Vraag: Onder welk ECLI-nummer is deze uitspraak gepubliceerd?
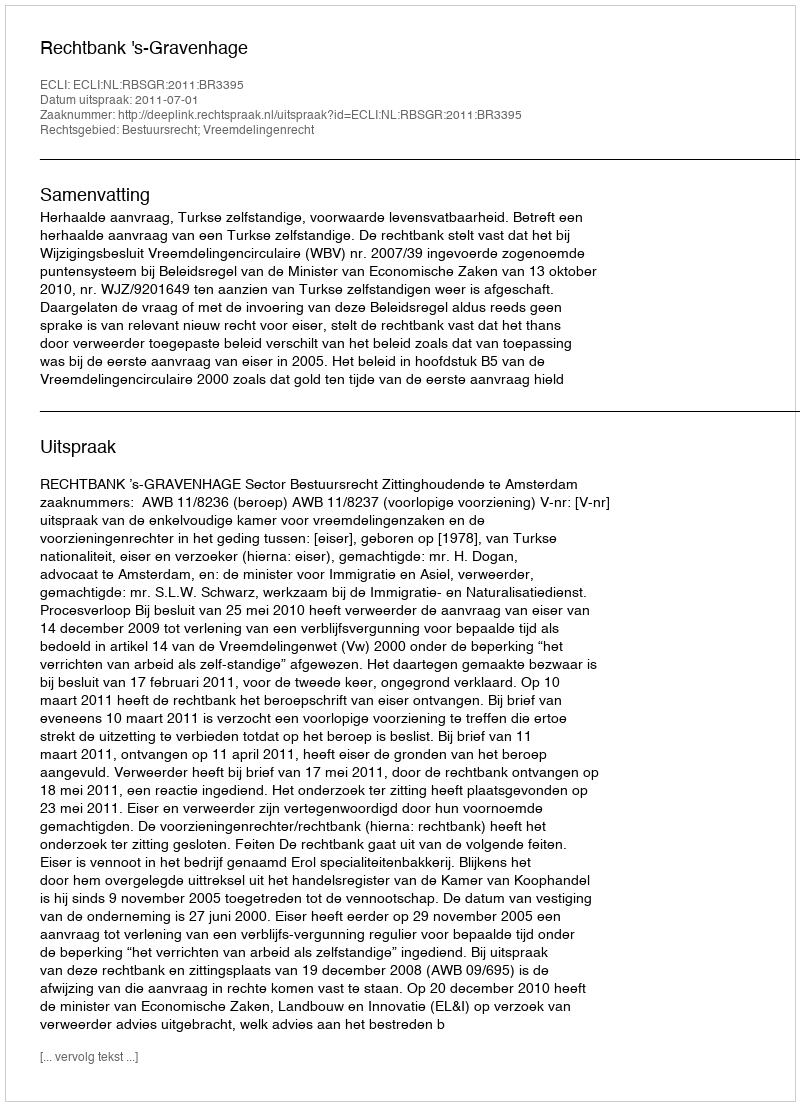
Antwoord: ECLI:NL:RBSGR:2011:BR3395